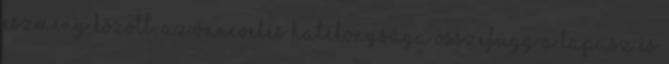
eszmény között. Az önnevelés hatékonysága összefügg a tapasz és